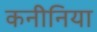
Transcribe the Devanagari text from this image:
कनीनिया